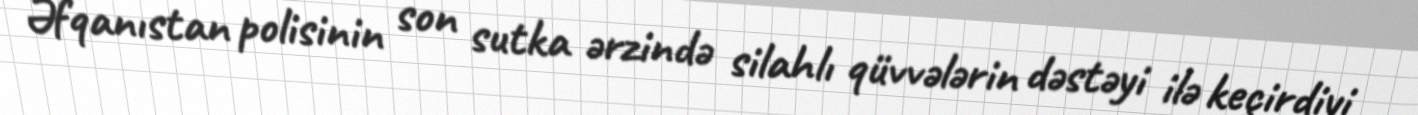
Əfqanıstan polisinin son sutka ərzində silahlı qüvvələrin dəstəyi ilə keçirdiyi